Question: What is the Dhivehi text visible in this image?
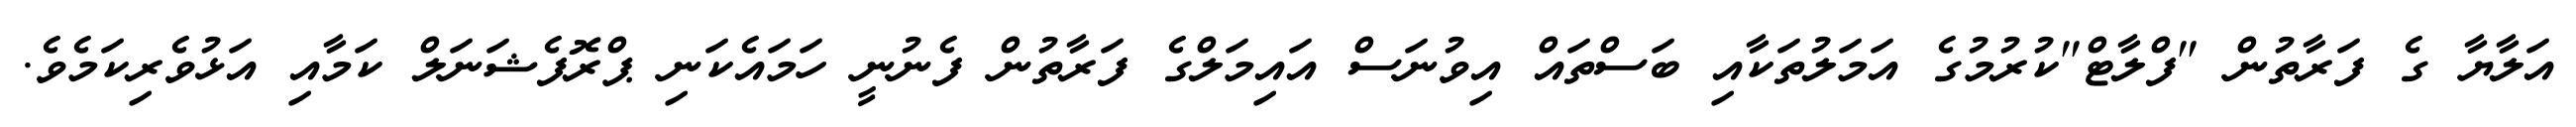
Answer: އަލާޔާ ގެ ފަރާތުން "ފްލާޓް"ކުރުމުގެ އަމަލުތަކާއި ބަސްތައް އިވުނަސް އައިމަލްގެ ފަރާތުން ފެނުނީ ހަމައެކަނި ޕްރޮފެޝަނަލް ކަމާއި އަޅުވެރިކަމެވެ.